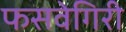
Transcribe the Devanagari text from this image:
फसवेगिरी